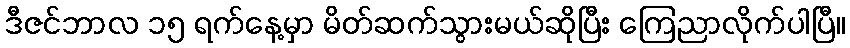
ဒီဇင်ဘာလ ၁၅ ရက်နေ့မှာ မိတ်ဆက်သွားမယ်ဆိုပြီး ကြေညာလိုက်ပါပြီ။